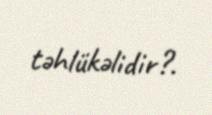
təhlükəlidir?.